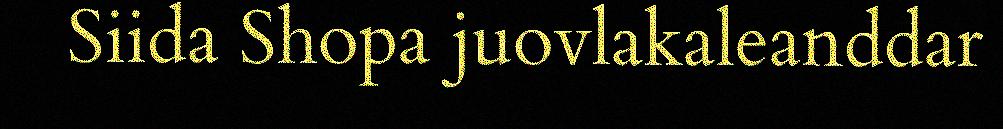
Siida Shopa juovlakaleanddar